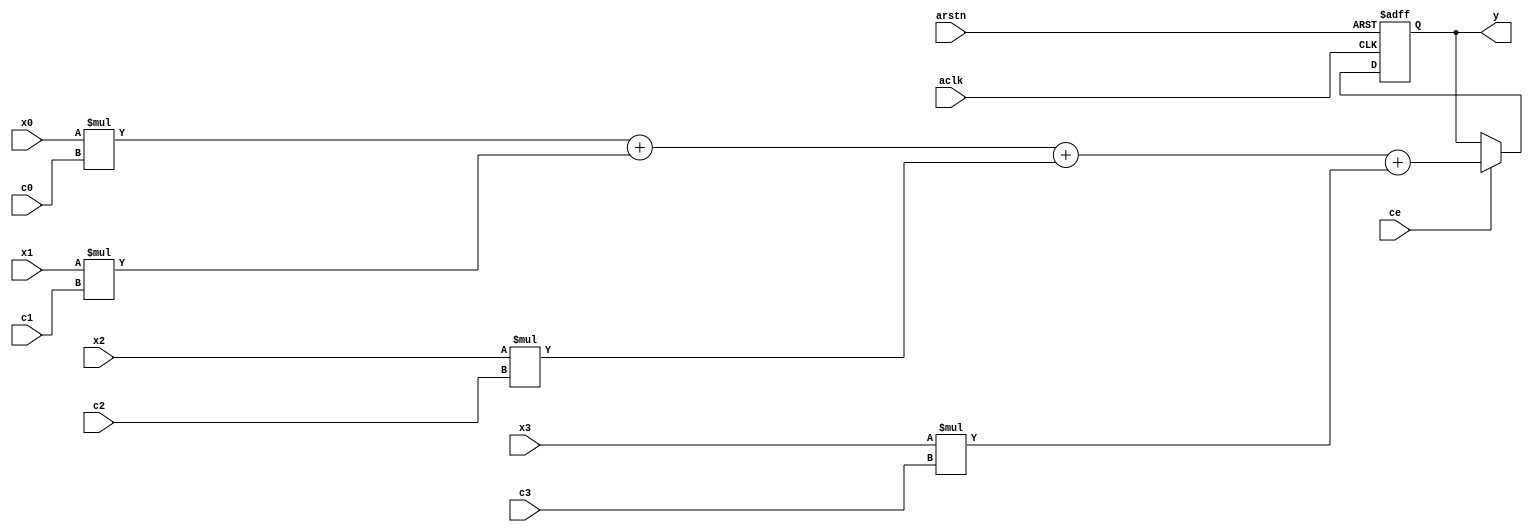
module nnip_neuron

    #(
    parameter WIDTH = 8
    )(

    // Clock & reset, arstn 
    // deasserted on rising edge
    input  wire                 aclk,
    input  wire                 arstn,

    // Input data of the neuron
    input  wire                 ce,
    input  signed [  WIDTH-1:0] x0,
    input  signed [  WIDTH-1:0] x1,
    input  signed [  WIDTH-1:0] x2,
    input  signed [  WIDTH-1:0] x3,

    // Input coefficient for each data
    input  signed [  WIDTH-1:0] c0,
    input  signed [  WIDTH-1:0] c1,
    input  signed [  WIDTH-1:0] c2,
    input  signed [  WIDTH-1:0] c3,

    // Output of the neuron
    output signed [2*WIDTH-1:0] y

    );

    reg [2*WIDTH-1:0] mac;

    always @ (posedge aclk or negedge arstn) begin

        if (arstn == 1'b0) begin
            mac <= {2 * WIDTH{1'b0}};
        end
        else begin
            if (ce == 1'b1)
                mac <= x0 * c0 + x1 * c1 + x2 * c2 + x3 * c3;
        end
    end

    assign y = mac;

endmodule